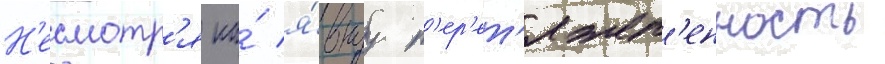
Н'есмотр'я на́ я́внуу п'ер'ет'яжел'енность